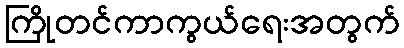
ကြိုတင်ကာကွယ်ရေးအတွက်